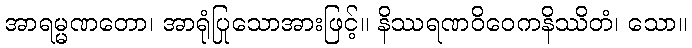
အာရမ္မဏတော၊ အာရုံပြုသောအားဖြင့်။ နိဿရဏဝိဝေကနိဿိတံ၊ သော။